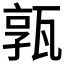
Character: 𤭞